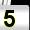
Digit: 5